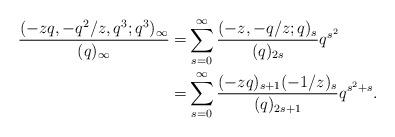
LaTeX: \begin{align*}\begin{aligned}\frac{(-zq,-q^2/z,q^3;q^3)_\infty}{(q)_\infty}=&\sum_{s=0}^\infty \frac{(-z,-q/z;q)_s}{(q)_{2s}}q^{s^2} \\=&\sum_{s=0}^\infty \frac{(-zq)_{s+1}(-1/z)_s}{(q)_{2s+1}}q^{s^2+s}. \end{aligned}\end{align*}